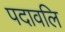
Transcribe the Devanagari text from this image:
पदावलि